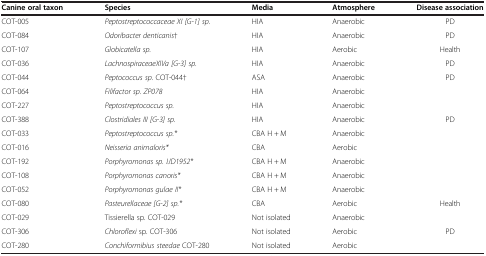
<table><thead><tr><td><b>Canine oral taxon</b></td><td><b>Species</b></td><td><b>Media</b></td><td><b>Atmosphere</b></td><td><b>Disease association</b></td></tr></thead><tbody><tr><td>COT-005</td><td><i>Peptostreptococcaceae XI [G-1] sp.</i></td><td>HIA</td><td>Anaerobic</td><td>PD</td></tr><tr><td>COT-084</td><td><i>Odoribacter denticanis</i>†</td><td>HIA</td><td>Anaerobic</td><td>PD</td></tr><tr><td>COT-107</td><td><i>Globicatella sp.</i></td><td>HIA</td><td>Aerobic</td><td>Health</td></tr><tr><td>COT-036</td><td><i>LachnospiraceaeXIVa [G-3] sp.</i></td><td>HIA</td><td>Anaerobic</td><td>PD</td></tr><tr><td>COT-044</td><td><i>Peptococcus sp.</i> COT-044†</td><td>ASA</td><td>Anaerobic</td><td>PD</td></tr><tr><td>COT-064</td><td><i>Filifactor sp. ZP078</i></td><td>HIA</td><td>Anaerobic</td><td> </td></tr><tr><td>COT-227</td><td><i>Peptostreptococcus sp.</i></td><td>HIA</td><td>Anaerobic</td><td> </td></tr><tr><td>COT-388</td><td><i>Clostridiales III [G-3] sp.</i></td><td>HIA</td><td>Anaerobic</td><td>PD</td></tr><tr><td>COT-033</td><td><i>Peptostreptococcus sp.*</i></td><td>CBA H + M</td><td>Anaerobic</td><td> </td></tr><tr><td>COT-016</td><td><i>Neisseria animaloris*</i></td><td>CBA</td><td>Aerobic</td><td> </td></tr><tr><td>COT-192</td><td><i>Porphyromonas sp. IJD1952*</i></td><td>CBA H + M</td><td>Anaerobic</td><td> </td></tr><tr><td>COT-108</td><td><i>Porphyromonas canoris*</i></td><td>CBA H + M</td><td>Anaerobic</td><td> </td></tr><tr><td>COT-052</td><td><i>Porphyromonas gulae II*</i></td><td>CBA H + M</td><td>Anaerobic</td><td> </td></tr><tr><td>COT-080</td><td><i>Pasteurellaceae [G-2] sp.*</i></td><td>CBA</td><td>Aerobic</td><td>Health</td></tr><tr><td>COT-029</td><td>Tissierella sp. COT-029</td><td>Not isolated</td><td>Anaerobic</td><td> </td></tr><tr><td>COT-306</td><td><i>Chloroflexi</i> sp. COT-306</td><td>Not isolated</td><td>Aerobic</td><td>PD</td></tr><tr><td>COT-280</td><td><i>Conchiformibius steedae</i> COT-280</td><td>Not isolated</td><td>Aerobic</td><td> </td></tr></tbody></table>